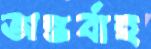
অন্তর্বাহ